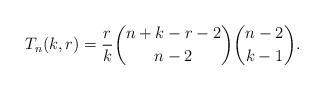
LaTeX: \begin{gather*}T_{n}(k,r)={r \over k} {n+k-r-2 \choose n-2} {n-2 \choose k-1}.\end{gather*}